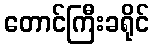
တောင်ကြီးခရိုင်